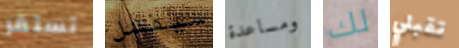
تستقر سيفشل ومساعدة لك تقبلي